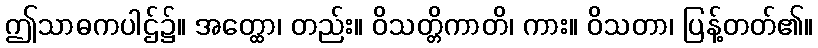
ဤသာဓကပါဌ်၌။ အတ္ထော၊ တည်း။ ဝိသတ္တိကာတိ၊ ကား။ ဝိသတာ၊ ပြန့်တတ်၏။